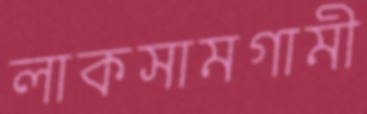
লাকসামগামী